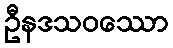
ဦနဒသဝဿော